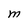
Character: M